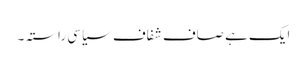
ایک ہے صاف شفاف سیاسی راستہ ۔